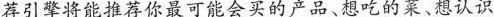
荐引擎将能推荐你最可能会买的产品、想吃的菜、想认识